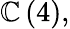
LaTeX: \mathbb{C}\left(4\right),